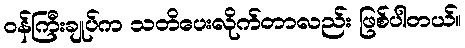
ဝန်ကြီးချုပ်က သတိပေးလိုက်တာလည်း ဖြစ်ပါတယ်။